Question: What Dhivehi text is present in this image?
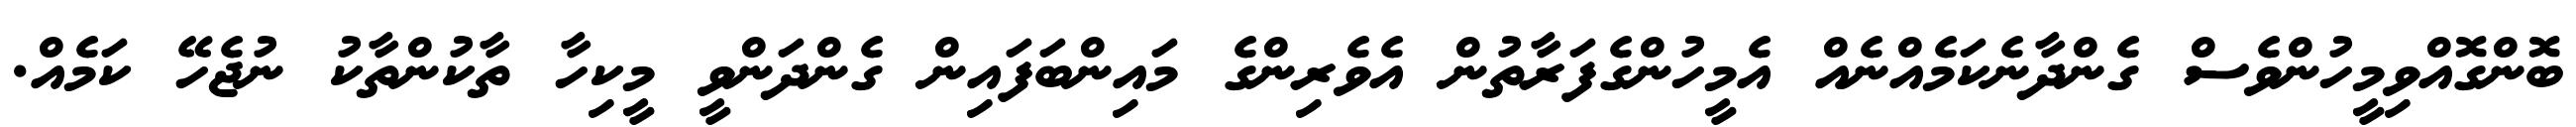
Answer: ބޮންގޮއްވިމީހުންވެސް ގެންދާނެކަމެއްނެއް އެމީހުންގެފަރާތުން އެވެރިންގެ މައިންބަފައިން ގެންދަންވީ މީކިހާ ތާކުންތާކު ނުޖެހޭ ކަމެއް.